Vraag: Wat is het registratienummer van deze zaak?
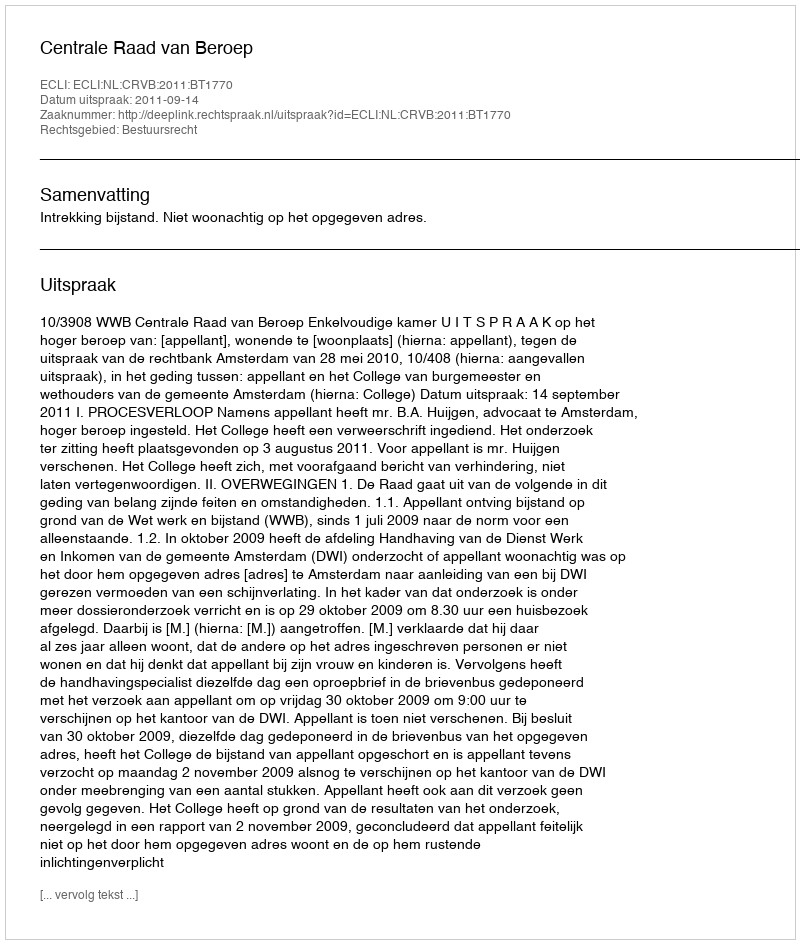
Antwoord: http://deeplink.rechtspraak.nl/uitspraak?id=ECLI:NL:CRVB:2011:BT1770